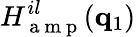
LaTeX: H_{\mathrm{~a~m~p~}}^{il}(\mathbf{q}_{1})